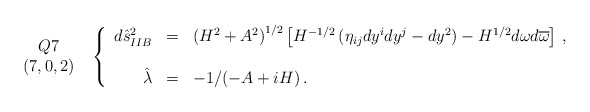
\begin{align*}\begin{array}{c}Q7\\(7,0,2)\\\end{array}\,\,\,\left\{\begin{array}{rcl}d\hat{s}^{2}_{IIB} & = & \left(H^{2}+A^{2}\right)^{1/2}\left[H^{-1/2}\left( \eta_{ij}dy^{i}dy^{j} -dy^{2}\right)-H^{1/2}d\omega d\overline{\omega}\right]\, ,\\& & \\\hat{\lambda} & = & -1/(-A +iH)\, .\\\end{array}\right.\end{align*}